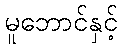
မူဘောင်နှင့်